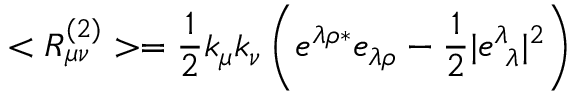
< R _ { \mu \nu } ^ { ( 2 ) } > = \frac { 1 } { 2 } k _ { \mu } k _ { \nu } \left( e ^ { \lambda \rho * } e _ { \lambda \rho } - \frac { 1 } { 2 } | e _ { \ \lambda } ^ { \lambda } | ^ { 2 } \right)